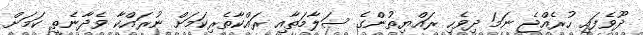
ދޫވެފައި ހުރެއްޖެ ނަމަ ދިވެހި ރައްޔިތުންގެ ސަލާމަތާއި ރައްކާތެރިކަމަށް ނުރައްކާ ވެދާނެތީ ކަމަށް